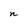
Character: n